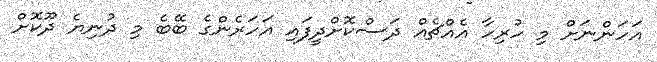
އަހަންނަށް މި ހުރިހާ އެއްޗެއް ދަސްކޮށްދީފައި އަހަރެންގެ ބޭބެ މި ދުނިޔެ ދޫކޮށް